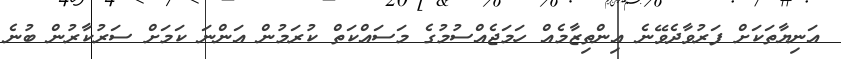
އަނިޔާތަކަށް ފަރުވާދެވޭނެ އިންތިޒާމެއް ހަމަޖެއްސުމުގެ މަސައްކަތް ކުރަމުން އަންނަ ކަމަށް ސަރުކާރުން ބުނެ